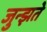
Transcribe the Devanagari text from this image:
जुन्झते